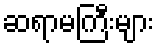
ဆရာမကြီးများ